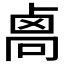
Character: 𠨄